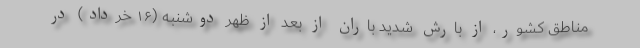
مناطق کشور، از بارش شدید باران از بعد از ظهر دوشنبه (۱۶ خرداد) در